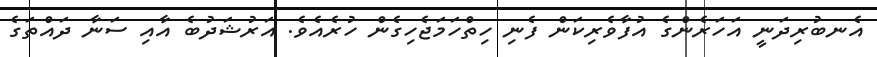
އެނބުރިދަނީ އަހަރެންގެ އުފާވެރިކަން ފެނި ހިތްހަމަޖެހިގެން ހުރެއެވެ. އަރުޝަދުބެ އާއި ސަނާ ދައްތަގެ